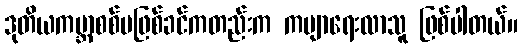
ဒုတိယကမ္ဘာစစ်မဖြစ်ခင်ကတည်းက ကဗျာရေးလာသူ ဖြစ်ပါတယ်။